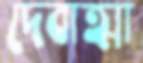
দেবাত্মা